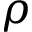
\rho